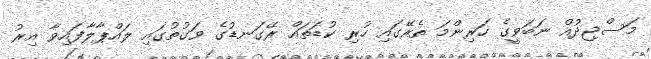
މަސްޖިދުއް ނަބަވީގެ ހަރިންމަ ތެރޭގައި ހުރި ކުޑަތައް ރޭގަނޑުގެ ވަގުތުގައި ލައްޕާލާފައިވާ އިރު